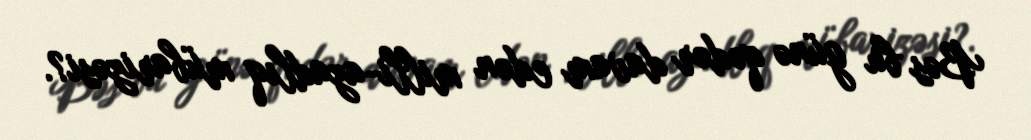
Bəs bu günə qədər davam edən milli-azadlıq mübarizəsi?.